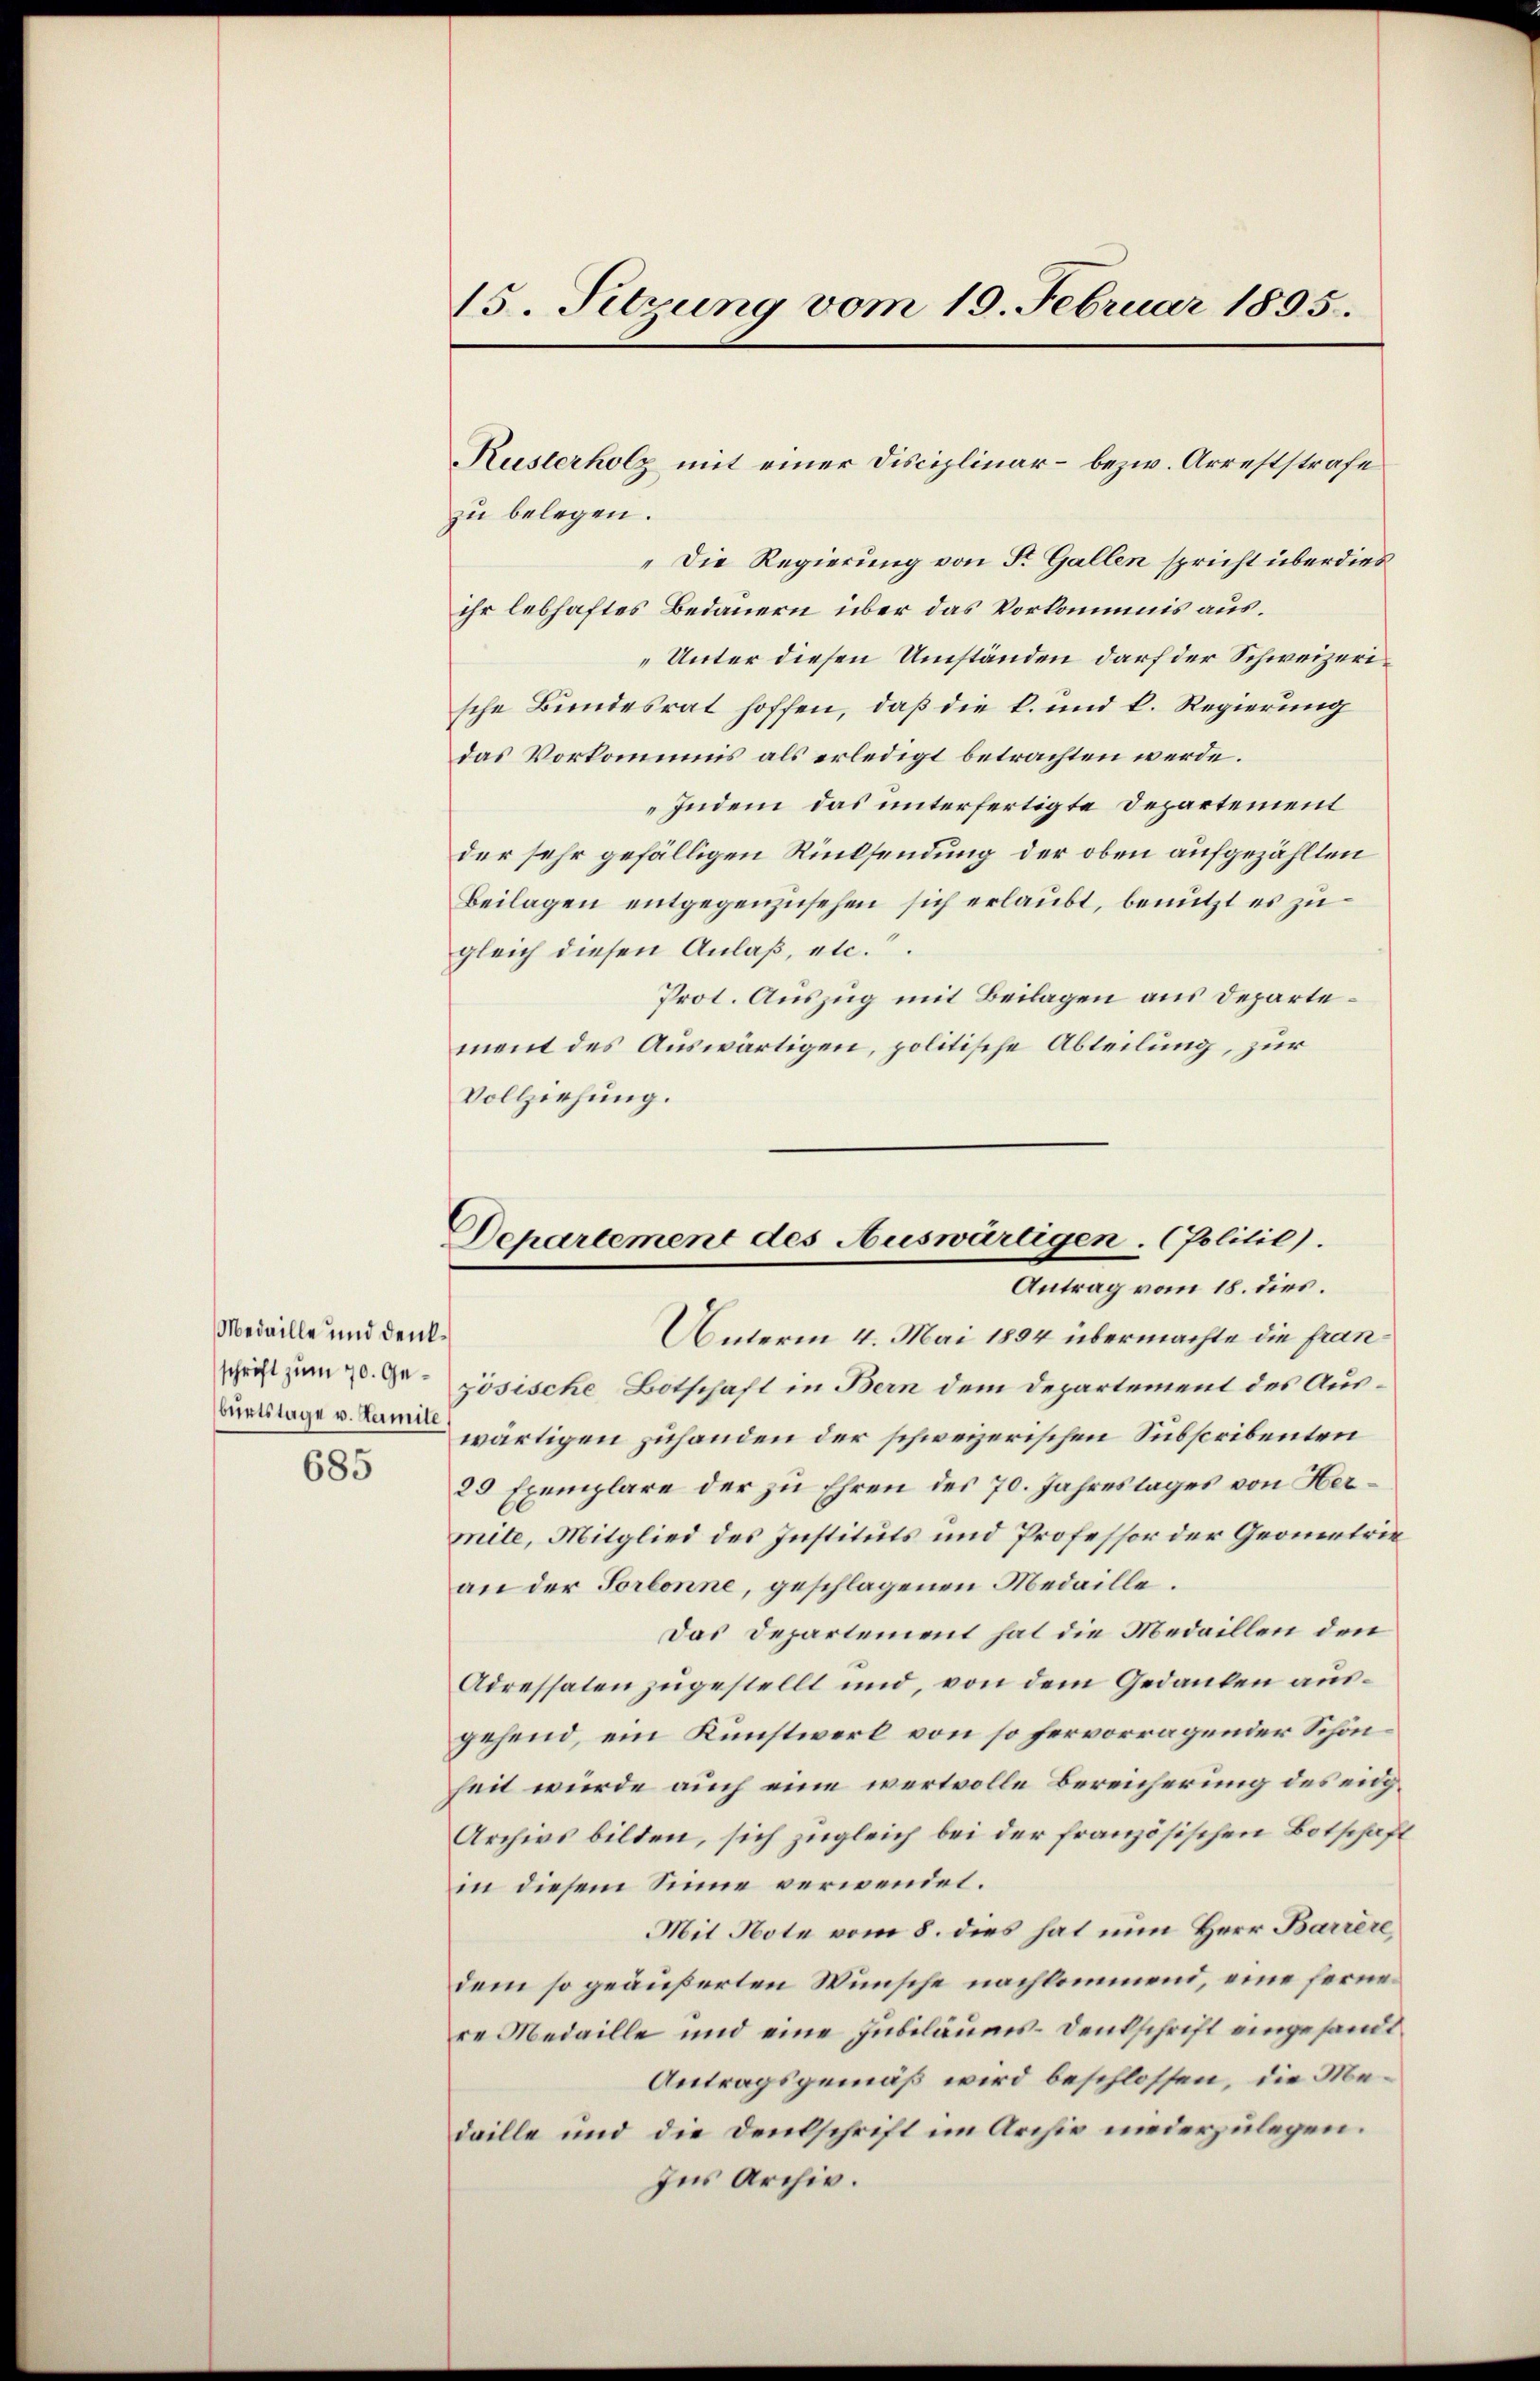
Medaille und denk¬
685

15. Setzung vom 19. Februar 1895.

zu belegen.
„Die Regierung von Sr. Gallen spricht überdies
ihr lebhaftes Bedauern über das Vorkommis aus¬
„Unter diesen Umständen darf der Schweizerische Bundesrat hoffen, daß die k. und k. Regierung
das Vorkommnis als erledigt betrachten werde.
Indem das unterfertigte Departement
der sehr gefälligen Rücksendung der oben aufgezählten
Beilagen entgegenzusehen sich erlaubt, benutzt es zu
gleich diesen Anlaß, etc.
Prot. Auszug mit Beilagen aus Departement des Auswärtigen, politische Abteilung, zur
Vollziehung.

Kusterholz mit einer Disciplinar- bezw. Arreststrafe

Dchartement des Auswärtigen. (Politie).
Antrag vom 18. dies.

Unterm 4. Mai 1894 übermachte die franschrift zum 20. S. zösische Botschaft in Bern dem Departement des Ausurtstage u. am wärtigen zuhanden der schweizerischen Subscribenten
29 Exemplare der zu Ehren des 70. Jahrestages von Hermete, Mitglied des Instituts und Professor der Geometrie
an der Torbonne, geschlagenen Medaille.
Das Departement hat die Medaillen den
Adressaten zugestellt und, von dem Gedanken ausgehend, ein Kunstwerk von so hervorragender Schönheit wurde auch eine wertvolle Bereicherung des eidg¬
Archivs bilden, sich zugleich bei der französischen Botschaft
in diesem Sinne verwendet.
Mit Note vom 8. dies hat nun Herr Barrère,
dem so geäußerten Wünsche nachkommend, eine fernere Medaille und eine Jubiläums-Denkschrift eingesandt
Antragsgemäß wird beschlossen, die Medaille und die Denkschrift im Archiv niederzulegen.
Ins Archiv.